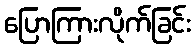
ပြောကြားလိုက်ခြင်း